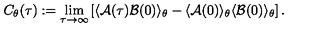
C _ { \theta } ( \tau ) : = \lim _ { \tau \rightarrow \infty } \left[ \langle { \cal A } ( \tau ) { \cal B } ( 0 ) \rangle _ { \theta } - \langle { \cal A } ( 0 ) \rangle _ { \theta } \langle { \cal B } ( 0 ) \rangle _ { \theta } \right] .